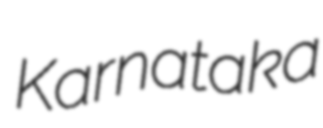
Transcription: Karnataka